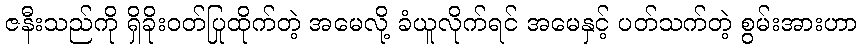
ဇနီးသည်ကို ရှိခိုးဝတ်ပြုထိုက်တဲ့ အမေလို့ ခံယူလိုက်ရင် အမေနှင့် ပတ်သက်တဲ့ စွမ်းအားဟာ